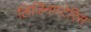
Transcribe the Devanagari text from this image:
लिजिनाप्टेरिस